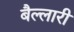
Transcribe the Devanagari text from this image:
बैल्लारी